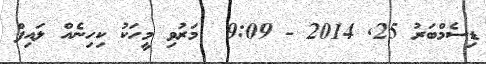
ޑިސެމްބަރު 25